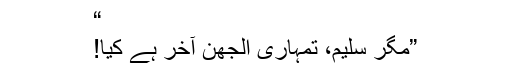
“
”مگر سلیم، تمہاری الجھن آخر ہے کیا!